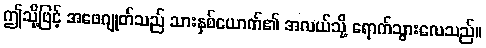
ဤသို့ဖြင့် အဖေဂျုတ်သည် သားနှစ်ယောက်၏ အလယ်သို့ ရောက်သွားလေသည်။